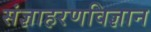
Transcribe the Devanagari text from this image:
संज्ञाहरणविज्ञान